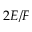
2 E / F